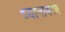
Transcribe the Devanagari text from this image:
ध्यानावरच